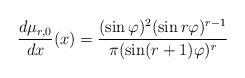
LaTeX: \begin{align*}\frac{d\mu_{r,0}}{dx}(x)=\frac{(\sin\varphi)^2 (\sin r\varphi)^{r-1}}{\pi (\sin(r+1)\varphi)^{r}}\end{align*}